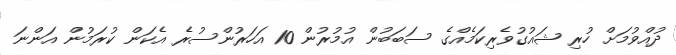
ދުއްވުމަށް ހުރި ޝައުގުވެރިކަމެއްގެ ސަބަބުން އުމުރުން 10 އަހަރުންސުރެ އެކަން ކުރަމުން އަންނަ